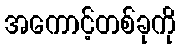
အကောင့်တစ်ခုကို